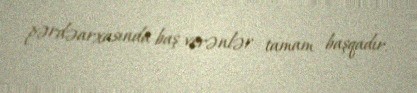
pərdəarxasında baş verənlər tamam başqadır.